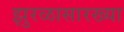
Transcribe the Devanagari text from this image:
झुरळासारख्या